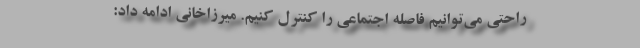
راحتی می‌توانیم فاصله اجتماعی را کنترل کنیم. میرزاخانی ادامه داد: